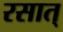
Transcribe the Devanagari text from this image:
रसात्